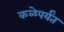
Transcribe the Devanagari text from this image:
कळेपर्यंत